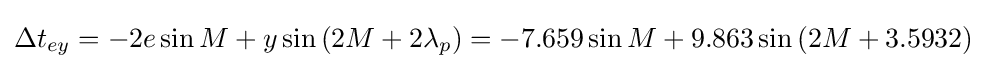
\Delta t_{ey}=-2e\sin {M}+y\sin \left(2M+2\lambda _{p}\right)=-7.659\sin {M}+9.863\sin \left(2M+3.5932\right)